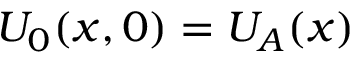
U _ { 0 } ( x , 0 ) = U _ { A } ( { \boldsymbol { x } } )